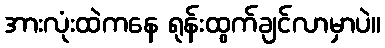
အားလုံးထဲကနေ ရုန်းထွက်ချင်လာမှာပဲ။